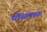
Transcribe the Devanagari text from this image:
घोंसलाफ़